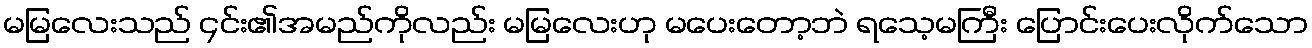
မမြလေးသည် ၄င်း၏အမည်ကိုလည်း မမြလေးဟု မပေးတော့ဘဲ ရသေ့မကြီး ပြောင်းပေးလိုက်သော